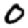
Digit: 0